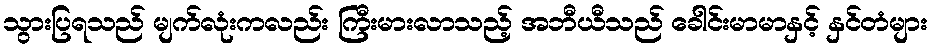
သွားပြရသည် မျက်လုံးကလည်း ကြီးမားလာသည့် အဘီယီသည် ခေါင်းမာမာနှင့် နှင်တံများ